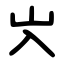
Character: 㞥